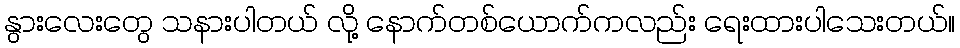
နွားလေးတွေ သနားပါတယ် လို့ နောက်တစ်ယောက်ကလည်း ရေးထားပါသေးတယ်။